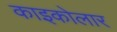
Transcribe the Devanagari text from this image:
काइकोलार